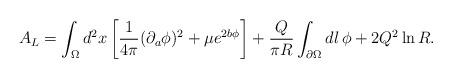
LaTeX: \begin{align*}A_L = \int_\Omega d^2x \left[ {1\over 4\pi} (\partial_a \phi)^2 + \mu e^{2b\phi} \right]+{Q\over \pi R}\int_{\partial\Omega} dl \, \phi + 2Q^2 \ln{R}.\end{align*}